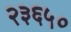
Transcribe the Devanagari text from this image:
२३६५०